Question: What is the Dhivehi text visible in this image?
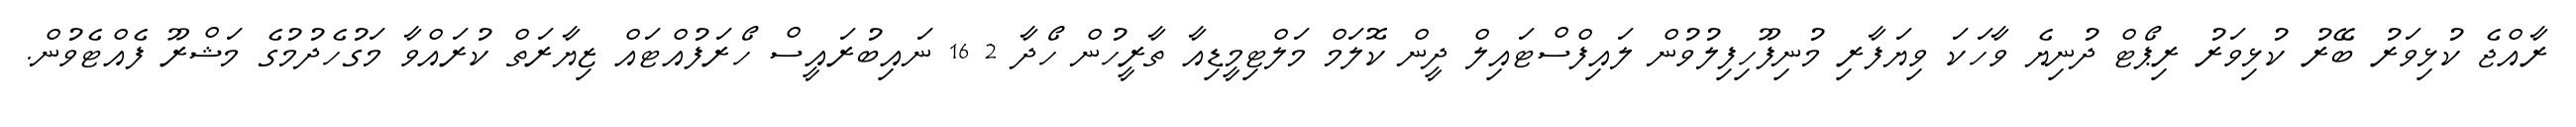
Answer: ރާއްޖެ ކުޅިވަރު ބޭރު ކުޅިވަރު ރިޕޯޓް ދުނިޔެ ވާހަކަ ވިޔަފާރި މުނިފޫހިފިލުވުން ލައިފްސްޓައިލް ދީން ކޮލަމް މަލްޓިމީޑިއާ ތާރީހުން ހޯދާ 2 16 ނައިބުރައީސް ހޯރަފުއްޓައް ޒިޔާރަތް ކުރައްވާ މަގުހެދުމުގެ މަޝްރޫ ފެއްޓެވުން.